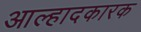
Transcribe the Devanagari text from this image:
आल्हादकारक